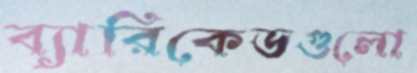
ব্যারিকেডগুলো